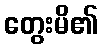
တွေးမိ၏